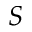
S